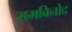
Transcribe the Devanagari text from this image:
रामबिनोद